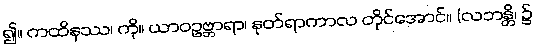
၍။ ကထိနဿ၊ ကို။ ယာဝဥဗ္ဘာရာ၊ နုတ်ရာကာလ တိုင်အောင်။ (လဘန္တိ၊ ၌